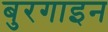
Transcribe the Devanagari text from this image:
बुरगाइन